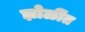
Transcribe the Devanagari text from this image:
झोळींत